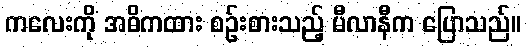
ကလေးကို အဓိကထား စဉ်းစားသည့် မီလာနီက ပြောသည်။